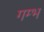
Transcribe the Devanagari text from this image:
गम्भ